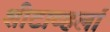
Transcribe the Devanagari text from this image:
शीटाव्हर्ला